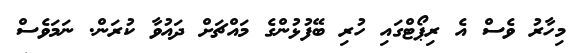
މިހާރު ވެސް އެ ރިޕޯޓްގައި ހުރި ބޭފުޅުންގެ މައްޗަށް ދައުވާ ކުރަން. ނަމަވެސް